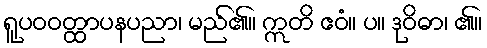
ရူပဝဝတ္ထာပနပညာ၊ မည်၏။ ဣတိ ဧဝံ။ ပ။ ဒုဝိဓာ၊ ၏။